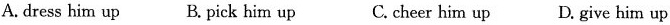
A. dress him up B. pick him up C. cheer him up D. give him up